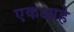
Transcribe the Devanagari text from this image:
एकआहे